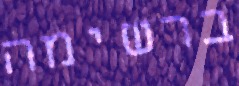
ברשימה